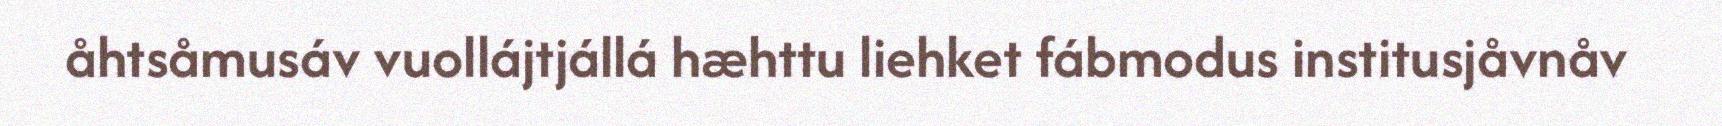
åhtsåmusáv vuollájtjállá hæhttu liehket fábmodus institusjåvnåv